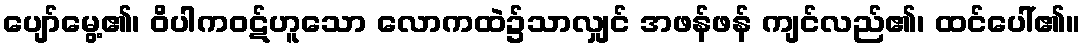
ပျော်မွေ့၏၊ ဝိပါကဝဋ်ဟူသော လောကထဲ၌သာလျှင် အဖန်ဖန် ကျင်လည်၏၊ ထင်ပေါ်၏။